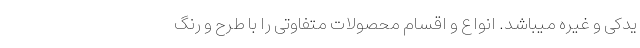
یدکی و غیره میباشد. انواع و اقسام محصولات متفاوتی را با طرح و رنگ